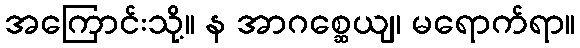
အကြောင်းသို့။ န အာဂစ္ဆေယျ၊ မရောက်ရာ။